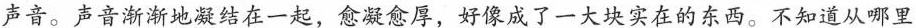
声音。声音渐渐地凝结在一起，愈凝愈厚，好像成了一大块实在的东西。不知道从哪里